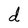
Character: d